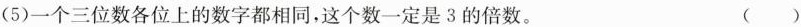
(5)一个三位数各位上的数字都相同，这个数一定是3的倍数。 ( )